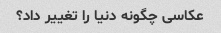
عکاسی چگونه دنیا را تغییر داد؟